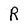
Character: R